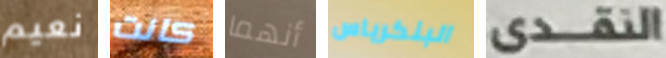
نعيم كانت أنهما البنكرياس النقدى